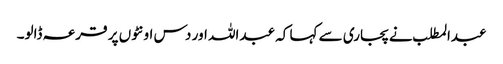
عبدالمطلب نے پجاری سے کہا کہ عبداللہ اور دس اونٹوں پر قرعہ ڈالو۔